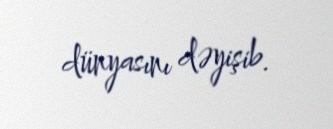
dünyasını dəyişib.